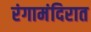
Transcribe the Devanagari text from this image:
रंगामंदिरात